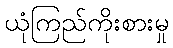
ယုံကြည်ကိုးစားမှု